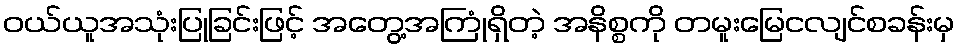
ဝယ်ယူအသုံးပြုခြင်းဖြင့် အတွေ့အကြုံရှိတဲ့ အနိစ္စကို တမူးမြေငလျင်စခန်းမှ